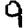
Digit: 9